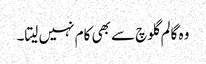
وہ گالم گلوچ سے بھی کام نہیں لیتا۔